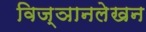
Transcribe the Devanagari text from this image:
विज्ञानलेखन